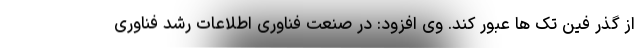
از گذر فین تک ها عبور کند. وی افزود: در صنعت فناوری اطلاعات رشد فناوری